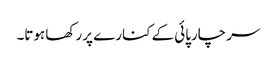
سر چارپائی کے کنارے پر رکھا ہوتا۔